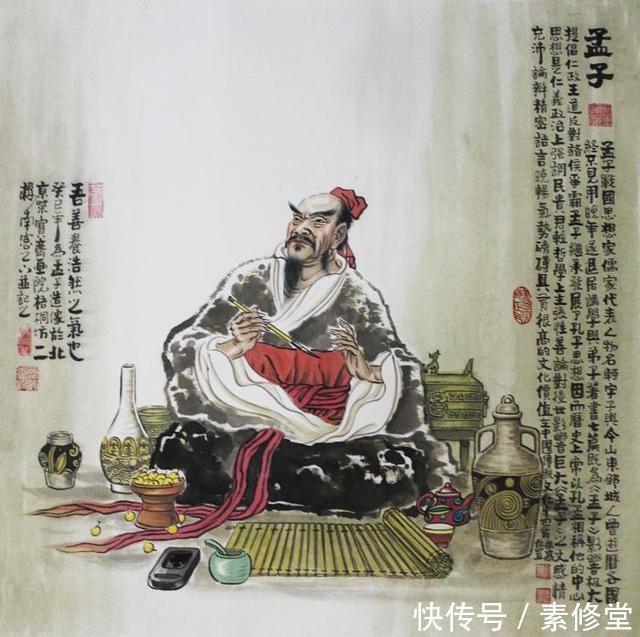
人有不为也，而后可以有为也。